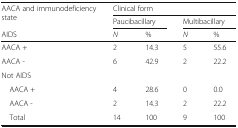
<table><thead><tr><td rowspan="2"><b>AACA and immunodeficiency state</b></td><td colspan="4"><b>Clinical form</b></td></tr><tr><td colspan="2"><b>Paucibacillary</b></td><td colspan="2"><b>Multibacillary</b></td></tr><tr><td><b>AIDS</b></td><td><b><i>N</i></b></td><td><b>%</b></td><td><b><i>N</i></b></td><td><b>%</b></td></tr></thead><tbody><tr><td>AACA +</td><td>2</td><td>14.3</td><td>5</td><td>55.6</td></tr><tr><td>AACA -</td><td>6</td><td>42.9</td><td>2</td><td>22.2</td></tr><tr><td colspan="5">Not AIDS</td></tr><tr><td> AACA +</td><td>4</td><td>28.6</td><td>0</td><td>0.0</td></tr><tr><td> AACA -</td><td>2</td><td>14.3</td><td>2</td><td>22.2</td></tr><tr><td> Total</td><td>14</td><td>100</td><td>9</td><td>100</td></tr></tbody></table>